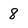
Character: 8